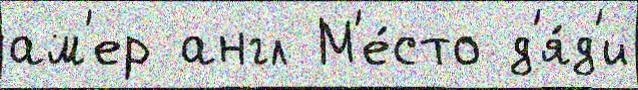
ам'ер англ М'е́сто д'я́д'и